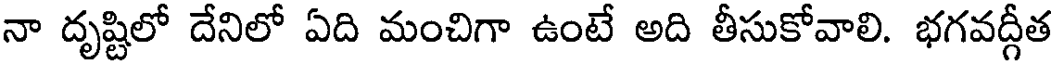
నా దృష్టిలో దేనిలో ఏది మంచిగా ఉంటే అది తీసుకోవాలి. భగవద్గీత